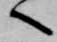
へ